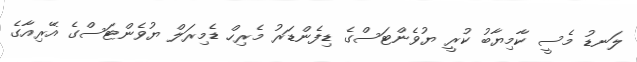
ލަނޑު މެސީ ކާމިޔާބު ކުރީ ޔުވެންޓަސްގެ ޑިފެންޑަރު މެރިހް ޑެމިރަލް ޔުވެންޓަސްގެ އޭރިއާގެ